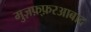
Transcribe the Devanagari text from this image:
मुज़फ़्फ़रआबाद